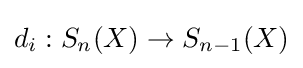
d_{i}:S_{n}(X)\to S_{n-1}(X)